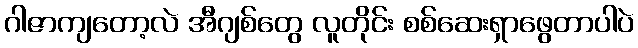
ဂါဇာကျတော့လဲ အီဂျစ်တွေ လူတိုင်း စစ်ဆေးရှာဖွေတာပါပဲ